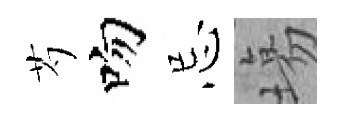
芍吻忌塲